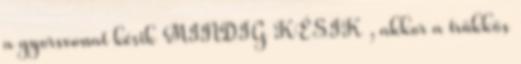
a gyorsvonat késik MINDIG KÉSIK , akkor a trükkös